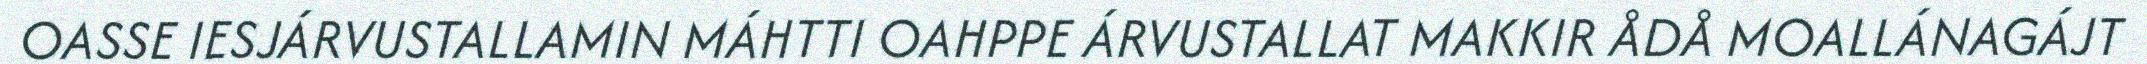
OASSE IESJÁRVUSTALLAMIN MÁHTTI OAHPPE ÁRVUSTALLAT MAKKIR ÅDÅ MOALLÁNAGÁJT